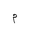
Letter: _mim